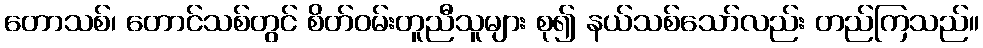
တောသစ်၊ တောင်သစ်တွင် စိတ်ဝမ်းတူညီသူများ စု၍ နယ်သစ်သော်လည်း တည်ကြသည်။